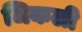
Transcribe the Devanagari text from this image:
जिकली